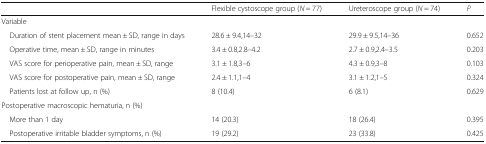
<table><thead><tr><td></td><td><b>Flexible cystoscope group (<i>N</i> = 77)</b></td><td><b>Ureteroscope group (<i>N</i> = 74)</b></td><td><b><i>P</i></b></td></tr></thead><tbody><tr><td colspan="4">Variable</td></tr><tr><td> Duration of stent placement mean ± SD, range in days</td><td>28.6 ± 9.4,14–32</td><td>29.9 ± 9.5,14–36</td><td>0.652</td></tr><tr><td> Operative time, mean ± SD, range in minutes</td><td>3.4 ± 0.8,2.8–4.2</td><td>2.7 ± 0.9,2.4–3.5</td><td>0.203</td></tr><tr><td> VAS score for perioperative pain, mean ± SD, range</td><td>3.1 ± 1.8,3–6</td><td>4.3 ± 0.9,3–8</td><td>0.103</td></tr><tr><td> VAS score for postoperative pain, mean ± SD, range</td><td>2.4 ± 1.1,1–4</td><td>3.1 ± 1.2,1–5</td><td>0.324</td></tr><tr><td> Patients lost at follow up, n (%)</td><td>8 (10.4)</td><td>6 (8.1)</td><td>0.629</td></tr><tr><td colspan="4">Postoperative macroscopic hematuria, n (%)</td></tr><tr><td> More than 1 day</td><td>14 (20.3)</td><td>18 (26.4)</td><td>0.395</td></tr><tr><td> Postoperative irritable bladder symptoms, n (%)</td><td>19 (29.2)</td><td>23 (33.8)</td><td>0.425</td></tr></tbody></table>